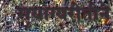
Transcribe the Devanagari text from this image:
सुयोग्यरीतीने